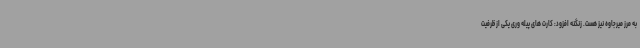
به مرز میرجاوه نیز هست. زنگنه افزود: کارت های پیله وری یکی از ظرفیت